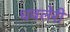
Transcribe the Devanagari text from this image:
धवलेरी